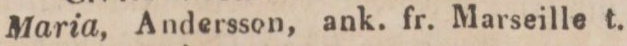
15.    Maria, Andersson, ank. fr. Marseille t.